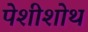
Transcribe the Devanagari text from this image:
पेशीशोथ